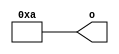
module basic_constant(output [3:0] o);
	assign o = 4'b1010;
endmodule